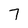
Character: 7